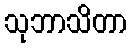
သုဘာသိတာ